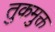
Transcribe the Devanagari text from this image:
तुकमुक्त